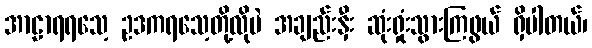
အာဠာရရသေ့ ဥဒကရသေ့တို့လိုပဲ အချည်းနှီး ဆုံးရှုံးသွားကြဖွယ် ရှိပါတယ်၊